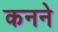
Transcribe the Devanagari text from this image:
कनने